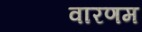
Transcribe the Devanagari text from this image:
वारणम